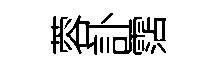
蓉訃霑